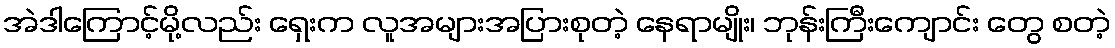
အဲဒါကြောင့်မို့လည်း ရှေးက လူအများအပြားစုတဲ့ နေရာမျိုး၊ ဘုန်းကြီးကျောင်း တွေ စတဲ့